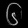
Digit: ၆